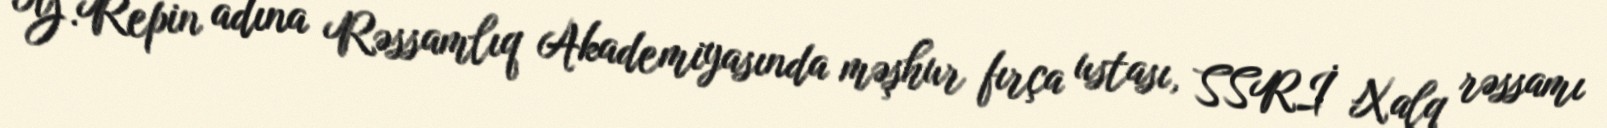
Y.Repin adına Rəssamlıq Akademiyasında məşhur fırça ustası, SSRİ Xalq rəssamı